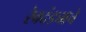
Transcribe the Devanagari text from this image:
रेवदंड्याचे